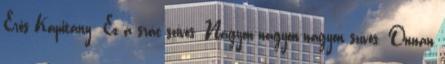
Erős Kapitány: Ez a srác szívós. Nagyon-nagyon-nagyon szívós. Onnan